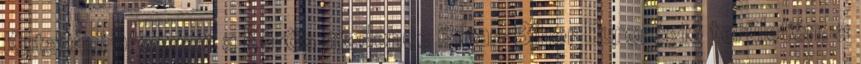
Kutatási program a Körös medence Bihar-Bihor Eurorégió területén, a